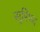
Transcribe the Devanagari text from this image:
सूरिपद